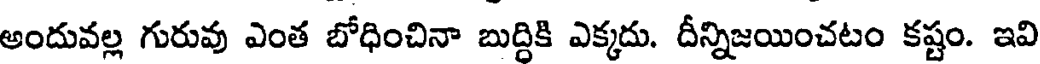
అందువల్ల గురువు ఎంత బోధించినా బుద్దికి ఎక్కదు. దీన్నిజయించటం కష్టం. ఇవి